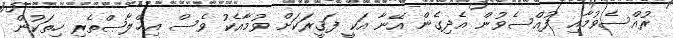
ރުއްސެވުމާއި ފުއްސެވުން އެދިގެން އޭނާ އަކީ ފަޤީރަކަށް ވުމާއެކު ވެސް އިޚްލާޞްތެރި ހިތަކުން